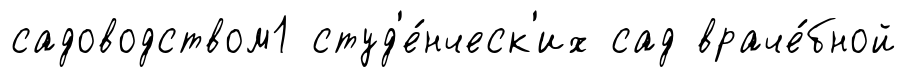
садоводством1 студ'е́нческ'их сад враче́бной